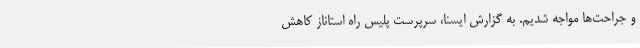
و جراحت‌ها مواجه شدیم. به گزارش ایسنا، سرپرست پلیس راه استاناز کاهش